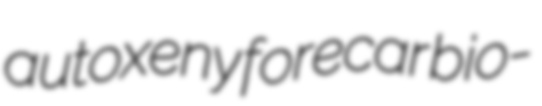
autoxeny forecar bio-